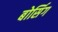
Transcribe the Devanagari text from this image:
बोर्सिग